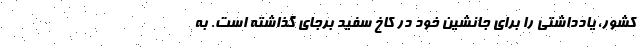
کشور، یادداشتی را برای جانشین خود در کاخ سفید برجای گذاشته است. به